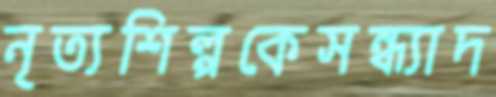
নৃত্যশিল্পকেসন্ধ্যাদ